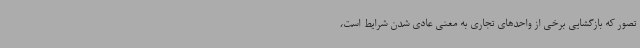
تصور که بازگشایی برخی از واحدهای تجاری به معنی عادی شدن شرایط است،